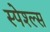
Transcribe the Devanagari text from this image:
स्पेश्ल्स